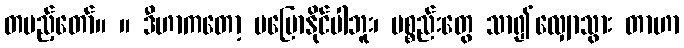
တပည့်တော်။ ။ ဒီဟာကတော့ မပြောနိုင်ပါဘူး၊ ပစ္စည်းတွေ သာ၍လျှောသွား တာဟာ